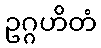
ဥဂ္ဂဟိတံ